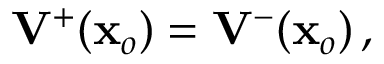
{ { \bf V } } ^ { + } ( { \bf x } _ { o } ) = { { \bf V } } ^ { - } ( { \bf x } _ { o } ) \, ,